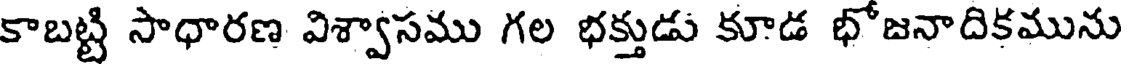
కాబట్టి సాధారణ విశ్వాసము గల భక్తుడు కూడ భోజనాదికమును